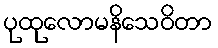
ပုထုလောမနိသေဝိတာ